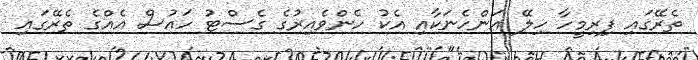
ތެރޭގައި ފިރިމީހާ ހިލޭ އަންހެނަކާއި އެކު ހެންވެއިރުގެ ގެސްޓު ހައުސް އެއްގެ ތެރޭގައި